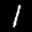
Label: 1